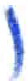
אות: ו